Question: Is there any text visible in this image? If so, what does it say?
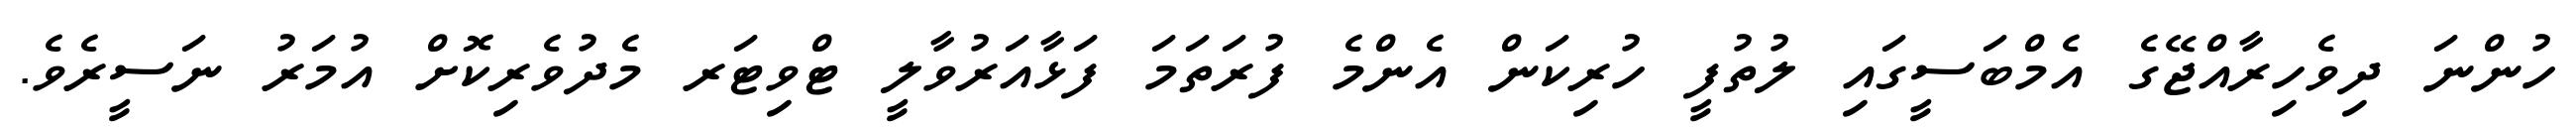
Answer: ހުންނަ ދިވެހިރާއްޖޭގެ އެމްބަސީގައި ލުތުފީ ހުރިކަން އެންމެ ފުރަތަމަ ފަޅާއަރުވާލީ ޓްވިޓަރ މެދުވެރިކޮށް އުމަރު ނަސީރެވެ.